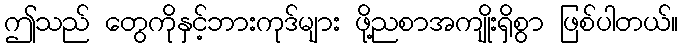
ဤသည် တွေကိုနှင့်ဘားကုဒ်များ ဖို့ညစာအကျိုးရှိစွာ ဖြစ်ပါတယ်။